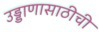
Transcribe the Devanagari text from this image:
उड्डाणासाठीची